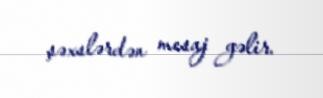
şəxslərdən mesaj gəlir.